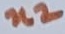
Text: n2